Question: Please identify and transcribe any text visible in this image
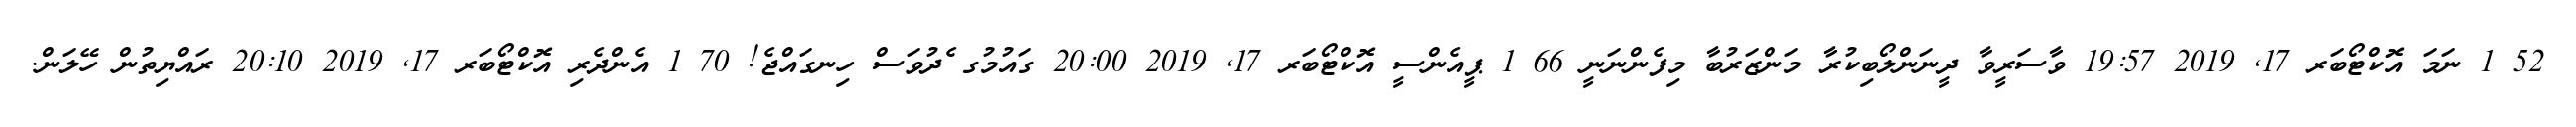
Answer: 52 1 ނަމަ އޮކްޓޯބަރ 17, 2019 19:57 ވާސަރީވާ ދީނަންލޯބިކުރާ މަންޒަރުބާ މިފެންނަނީ 66 1 ޕީއެންސީ އޮކްޓޯބަރ 17, 2019 20:00 ގައުމުގ ެދުވަސް ހިނގައްޖެ! 70 1 އެންދެރި އޮކްޓޯބަރ 17, 2019 20:10 ރައްޔިތުން ހޭލަން.